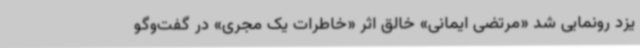
یزد رونمایی شد «مرتضی ایمانی» خالق اثر «خاطرات یک مجری» در گفت‌وگو